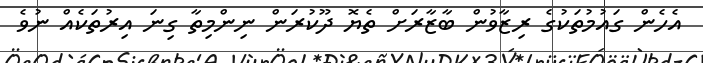
އެހެން ގައުމުތަކުގެ ރިޒާވުން ބާޒާރަށް ތެޔޮ ދޫކުރަން ނިންމިތާ ގިނަ އިރުތަކެއް ނުވެ